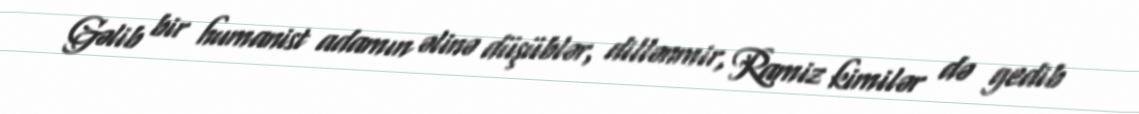
Gəlib bir humanist adamın əlinə düşüblər, dillənmir, Ramiz kimilər də gedib